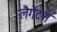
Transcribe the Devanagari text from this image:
लैगेटस